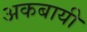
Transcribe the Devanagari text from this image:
अकबायी